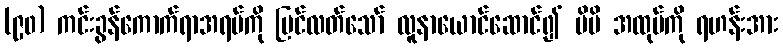
(၉၀) ကင်းခွန်ကောက်ရာအရပ်ကို မြင်လတ်သော် လူနာယောင်ဆောင်၍ မိမိ အထုပ်ကို ရဟန်းအား